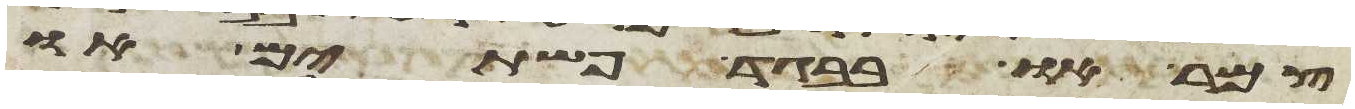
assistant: צמר או בבגד פשתים או